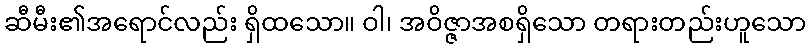
ဆီမီး၏အရောင်လည်း ရှိထသော။ ဝါ၊ အဝိဇ္ဇာအစရှိသော တရားတည်းဟူသော